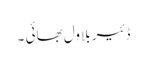
ڈئیر بلاول بھائی ۔